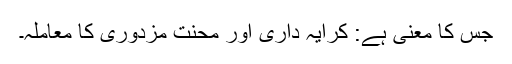
جس کا معنی ہے: کرایہ داری اور محنت مزدوری کا معاملہ۔